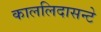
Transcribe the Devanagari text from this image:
काललिदासन्टे